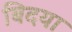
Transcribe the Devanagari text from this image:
बिदया